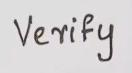
verify